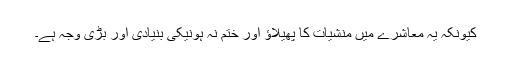
کیونکہ یہ معاشرے میں منشیات کا پھیلاؤ اور ختم نہ ہونیکی بنیادی اور بڑی وجہ ہے۔